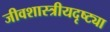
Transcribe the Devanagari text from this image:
जीवशास्त्रीयदृष्ट्या